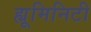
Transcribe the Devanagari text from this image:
ह्यूमिनिटी